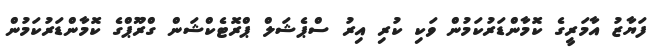
ފަޔާޒު އާމަރީގެ ކޮމާންޑަރުކަމުން ވަކި ކުރި އިރު ސްޕެޝަލް ޕްރޮޓެކްޝަން ގްރޫޕްގެ ކޮމާންޑަރުކަމުން